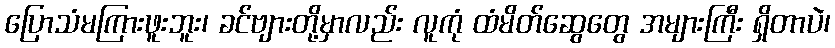
ပြောသံမကြားဖူးဘူး၊ ခင်ဗျားတို့မှာလည်း လူကုံ ထံမိတ်ဆွေတွေ အများကြီး ရှိတာပဲ၊